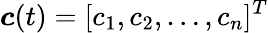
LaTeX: \boldsymbol{c}(t)=[c_{1},c_{2},\dots,c_{n}]^{T}